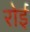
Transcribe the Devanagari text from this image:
रोईं